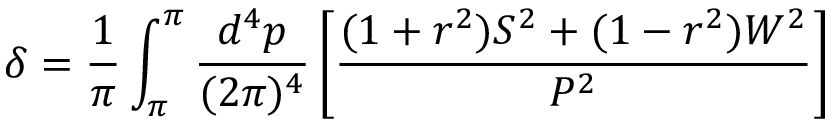
\delta = \frac { 1 } { \pi } \int _ { \pi } ^ { \pi } \frac { d ^ { 4 } p } { ( 2 \pi ) ^ { 4 } } \left[ \frac { ( 1 + r ^ { 2 } ) S ^ { 2 } + ( 1 - r ^ { 2 } ) W ^ { 2 } } { P ^ { 2 } } \right]